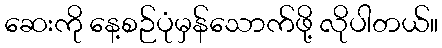
ဆေးကို နေ့စဉ်ပုံမှန်သောက်ဖို့ လိုပါတယ်။